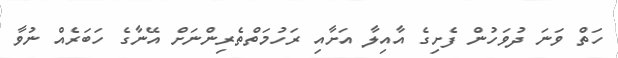
ހަތް ވަނަ ދުވަހުން ފެށިގެ އާއިލާ އަށާއި ރަހުމަތްތެރިންނަށް އޭނާގެ ހަބަރެއް ނުވާ